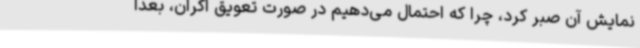
نمایش آن صبر کرد، چرا که احتمال می‌دهیم در صورت تعویق اکران، بعداً